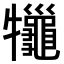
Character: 𤜓